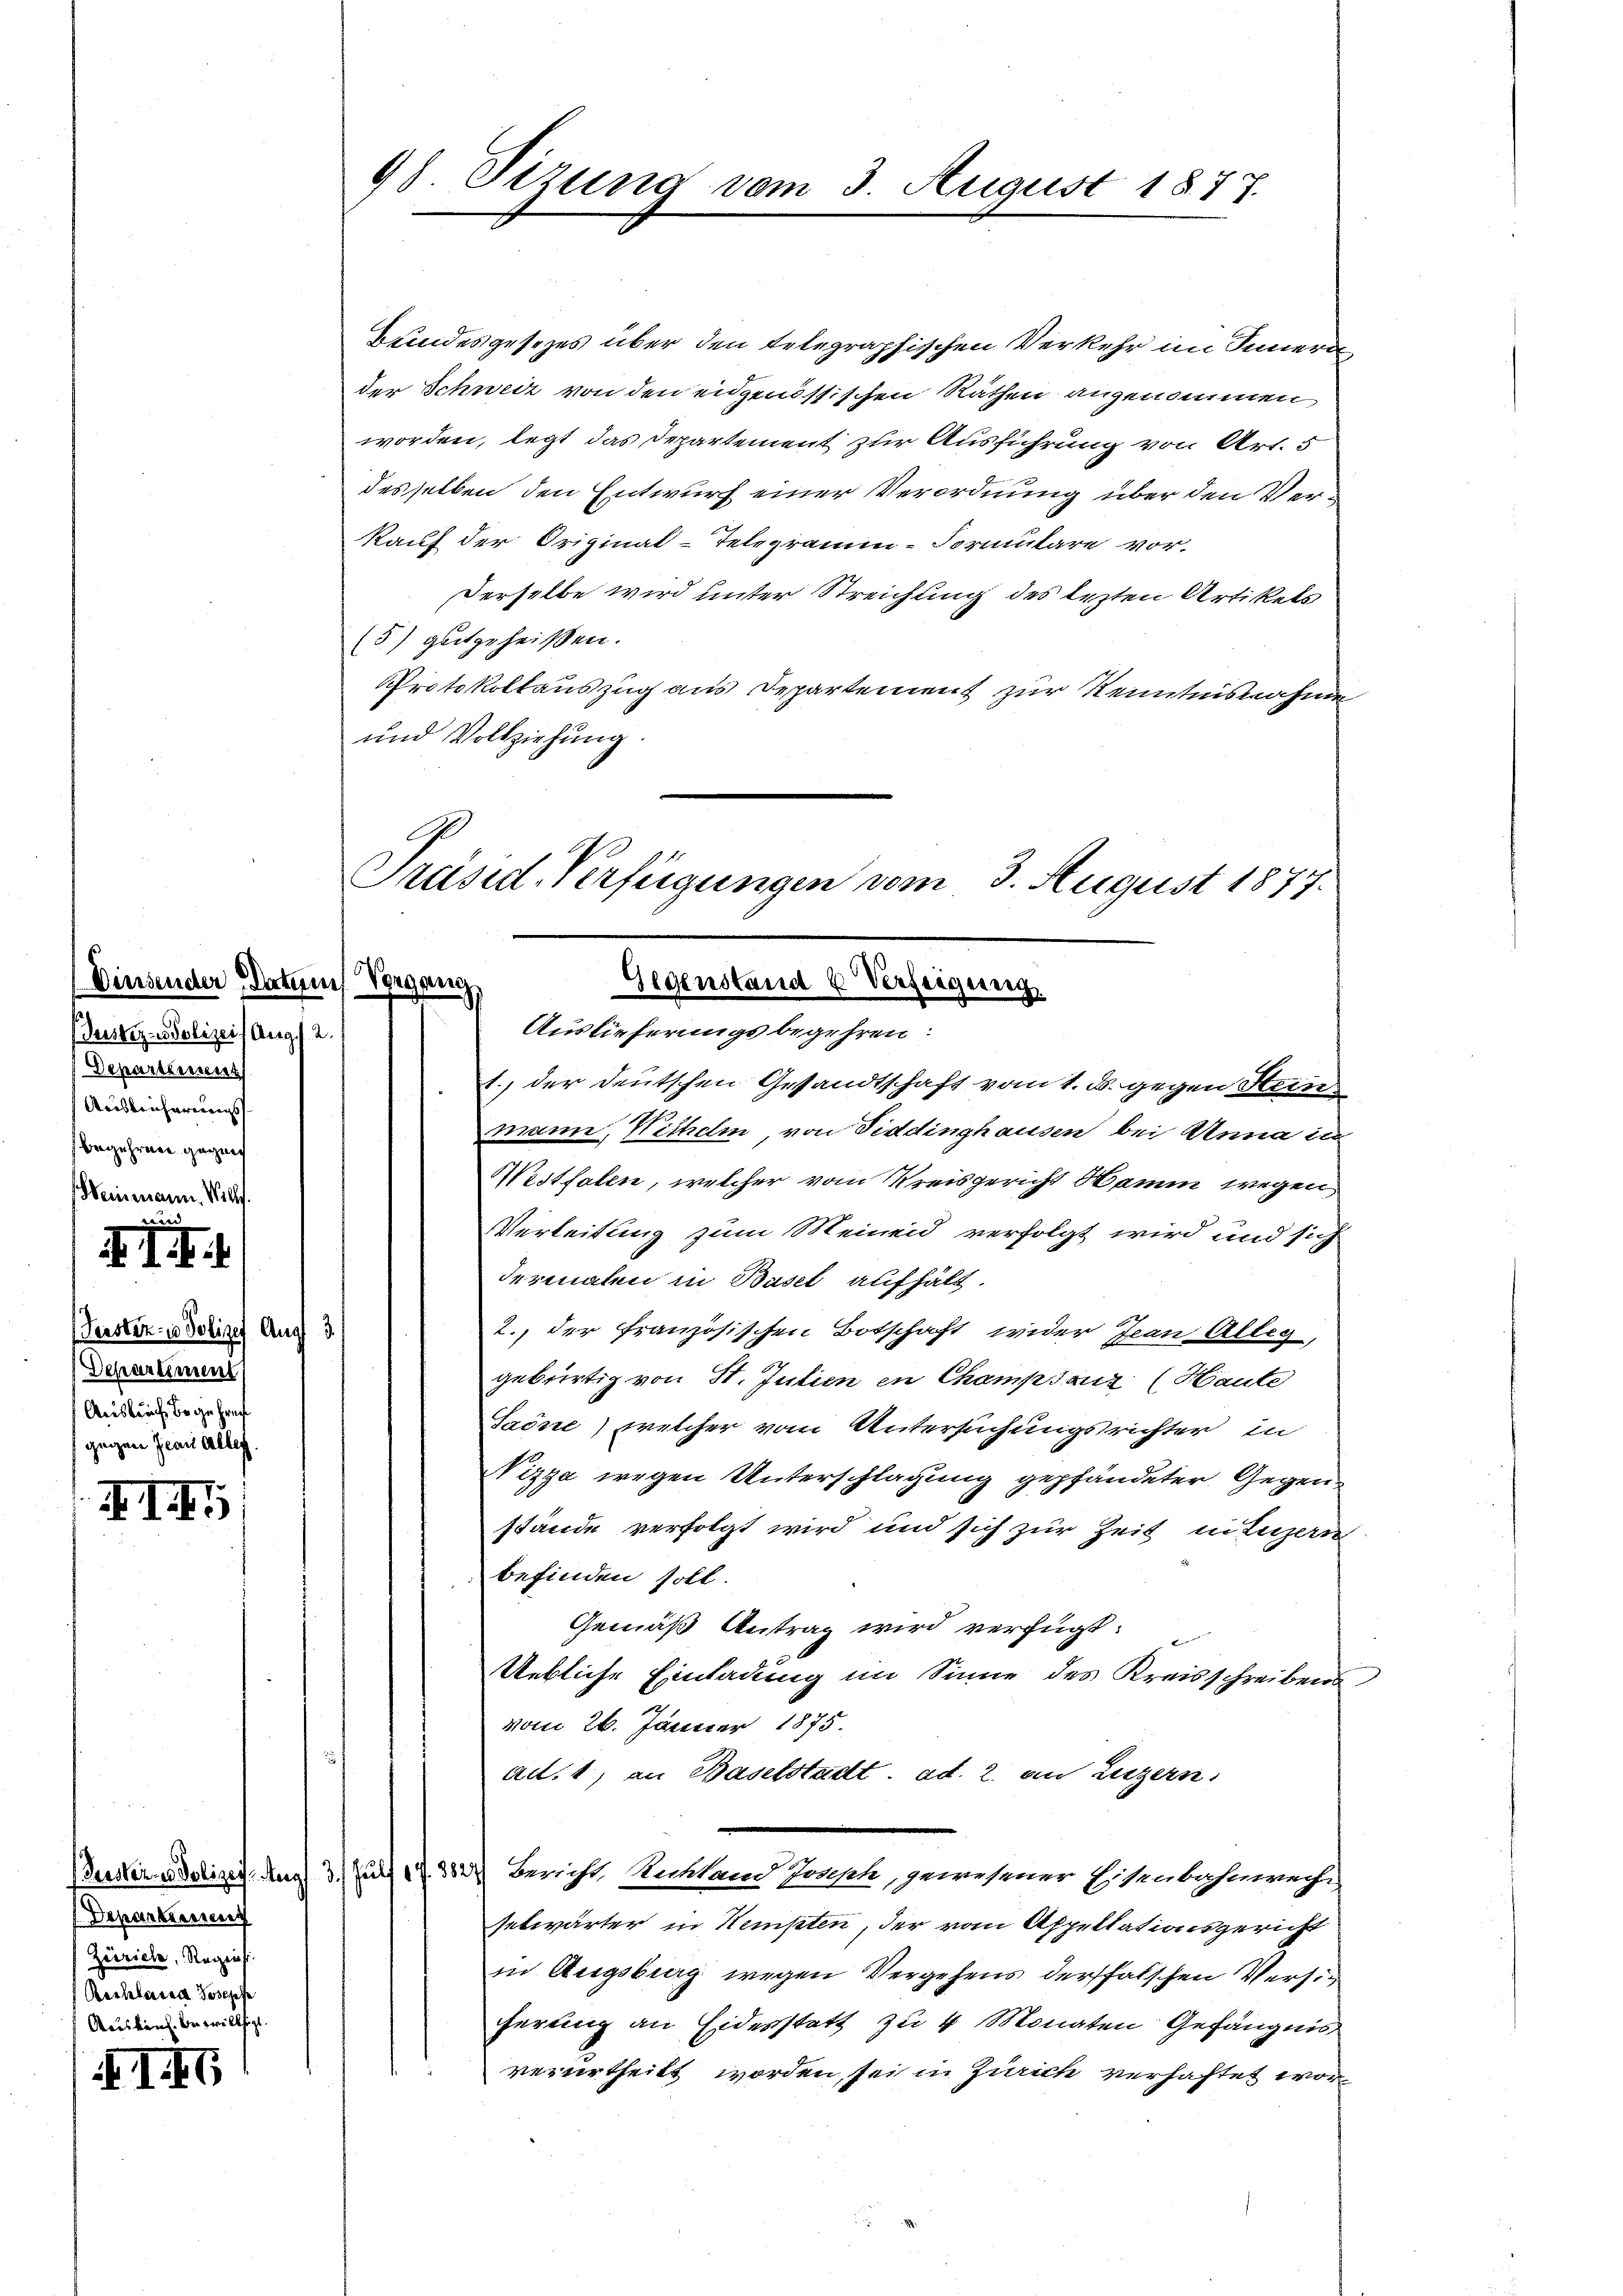
Dierseuch
Justiz - Polizei Aug. 2.
Schmitterner
Anisbrucherungs
begehren gegen
Weinmann. Willf.
i
1

ih

Gerster- u Polizei Aug 3.
Departiment
Ausbruch begehren
gegen Jean aller.

XII

I G

Bundesgesezes über den telegraphischen Verkehr im Inner
der Schweiz von den eidgenössischen Räthen angenommen,
worden, legt das Departement zur Ausführung von Art. 5
desselben den Entwurf einer Verordnung über den Verkauf der Original-Telegramm-Formulare vor.
Derselbe wird unter Streichung des lezten Artikels
(5) gutgeheißen.
Protokollauszug aus Departement zur Kenntnisnahme
und Vollziehung.
1.) der deutschen Gesandtschaft vom 1. B. gegen Stan
mann, Wilhelm, von Fiddinghausen bei Anna in
Westfalen, welcher vom Kreisgericht Hamm wegen,
Verleitung zum Meinend verfolgt wird und sich
dermalen in Basel aufhält.
2., der französischen Botschaft wider Jean Alleg,
gebürtig von St. Julien in Champsauz (Haute
Saöne) welcher vom Untersuchungsrichter in
Nizza wegen Unterschlagung gepfändeter Gegenstände verfolgt wird und sich zur Zeit in Luzern
befinden soll.
Gemäß Antrag wird verfügt:
Uebliche Einladung im Sinne des Kreisschreibens
vom 26. Jänner 1875.
ad. 1, an Baselstadt. ad. 2. an Luzern
(Gerster Polizei Aug 3. Jul. 17. 382) Bericht, Ankland Pruph, gewesener Eisenbahnwech-
setwärter in Kempten, der vom Appellationsgericht
in Augsburg wegen Vergehens dersfalschen Versicherung an Eidesstatt zu 4 Monaten Gefängnis
verurtheilt worden, sei in Zürich verhaftet wor¬

Departement
Zürich, Regist
Reshlagen Poschehe
Acskens. Bewilligt.

9) Sizung vom 3. August 1877.

C
Präsid. Verfügungen vom 3. August 1877.
Datum Vorgang
Gegenstand u Verzeigung
Auslieferungsbegehren: